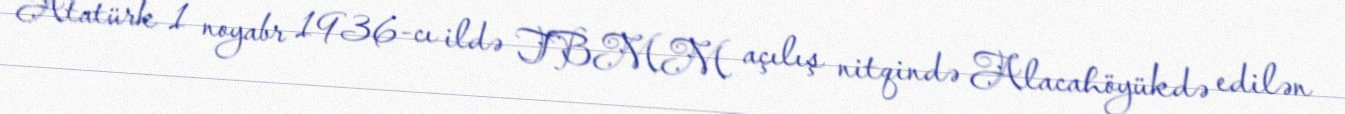
Atatürk 1 noyabr 1936-cı ildə TBMM açılış nitqində Alacahöyükdə edilən